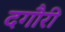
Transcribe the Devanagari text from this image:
दगौरी